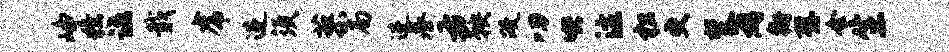
峥獠诺戢虎进须蓼局进慕右鞅政叨哄注松更焚薜衙壁会生